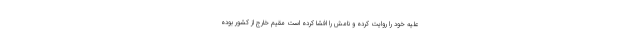
علیه خود را روایت کرده و نامش را افشا کرده است مقیم خارج از کشور بوده